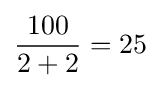
{\frac {100}{2+2}}=25